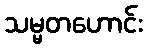
သမ္မတဟောင်း